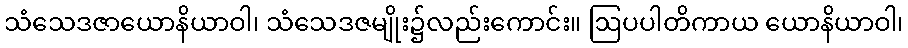
သံသေဒဇာယောနိယာဝါ၊ သံသေဒဇမျိုး၌လည်းကောင်း။ ဩပပါတိကာယ ယောနိယာဝါ၊